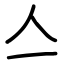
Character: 亼